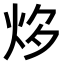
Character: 𤇔